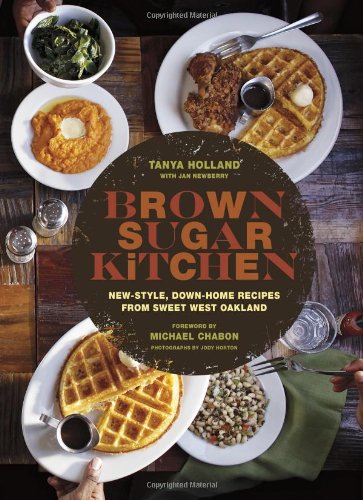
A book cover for Brown Sugar Kitchen: New-Style, Down-Home Recipes from Sweet West Oakland; Tanya Holland; Cookbooks, Food & Wine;